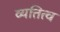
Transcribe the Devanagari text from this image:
व्यत्तित्व